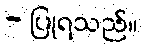
- ပြုရသည်။